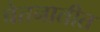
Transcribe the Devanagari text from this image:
चेतनातीत